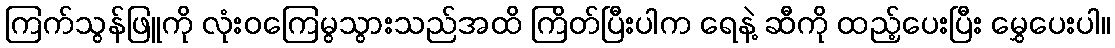
ကြက်သွန်ဖြူကို လုံးဝကြေမွသွားသည်အထိ ကြိတ်ပြီးပါက ရေနဲ့ ဆီကို ထည့်ပေးပြီး မွှေပေးပါ။